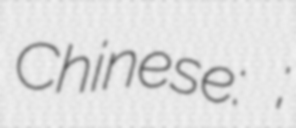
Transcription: Chinese: 荷塘区;